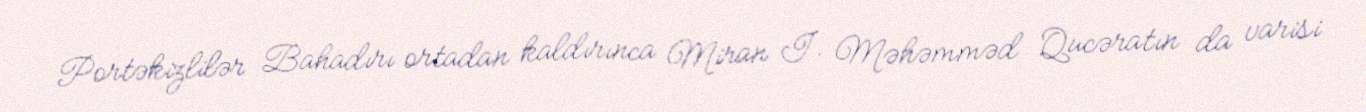
Portəkizlilər Bahadırı ortadan kaldırınca Miran I. Məhəmməd Qucəratın da varisi